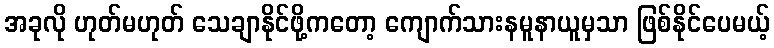
အခုလို ဟုတ်မဟုတ် သေချာနိုင်ဖို့ကတော့ ကျောက်သားနမူနာယူမှသာ ဖြစ်နိုင်ပေမယ့်